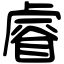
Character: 𥈠